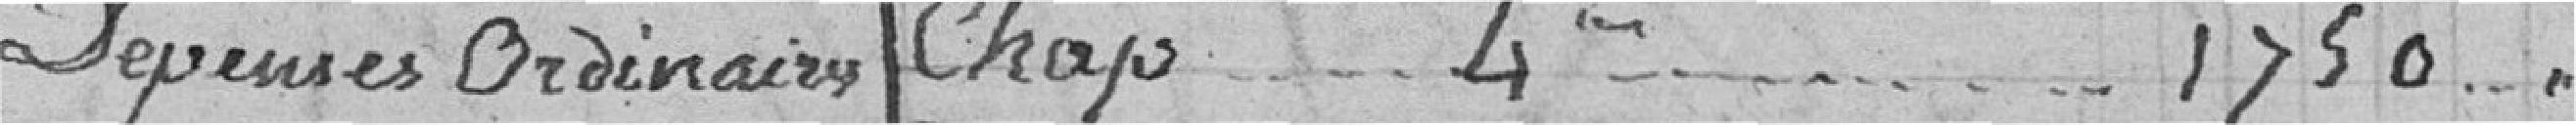
Dépenses ordinaires Chap. 4ème.... 1750